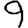
Digit: 9